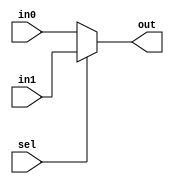
module TwoPortMux(sel, in0, in1, out);
	parameter WIDTH = 32;
	input sel;
	input[WIDTH-1:0] in0, in1;
	output[WIDTH-1:0] out;
	
	assign out = sel ? in1 : in0;
endmodule